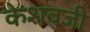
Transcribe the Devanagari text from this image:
केशवजी